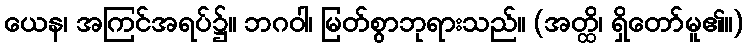
ယေန၊ အကြင်အရပ်၌။ ဘဂဝါ၊ မြတ်စွာဘုရားသည်။ (အတ္ထိ၊ ရှိတော်မူ၏။)